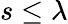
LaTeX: s\le\lambda